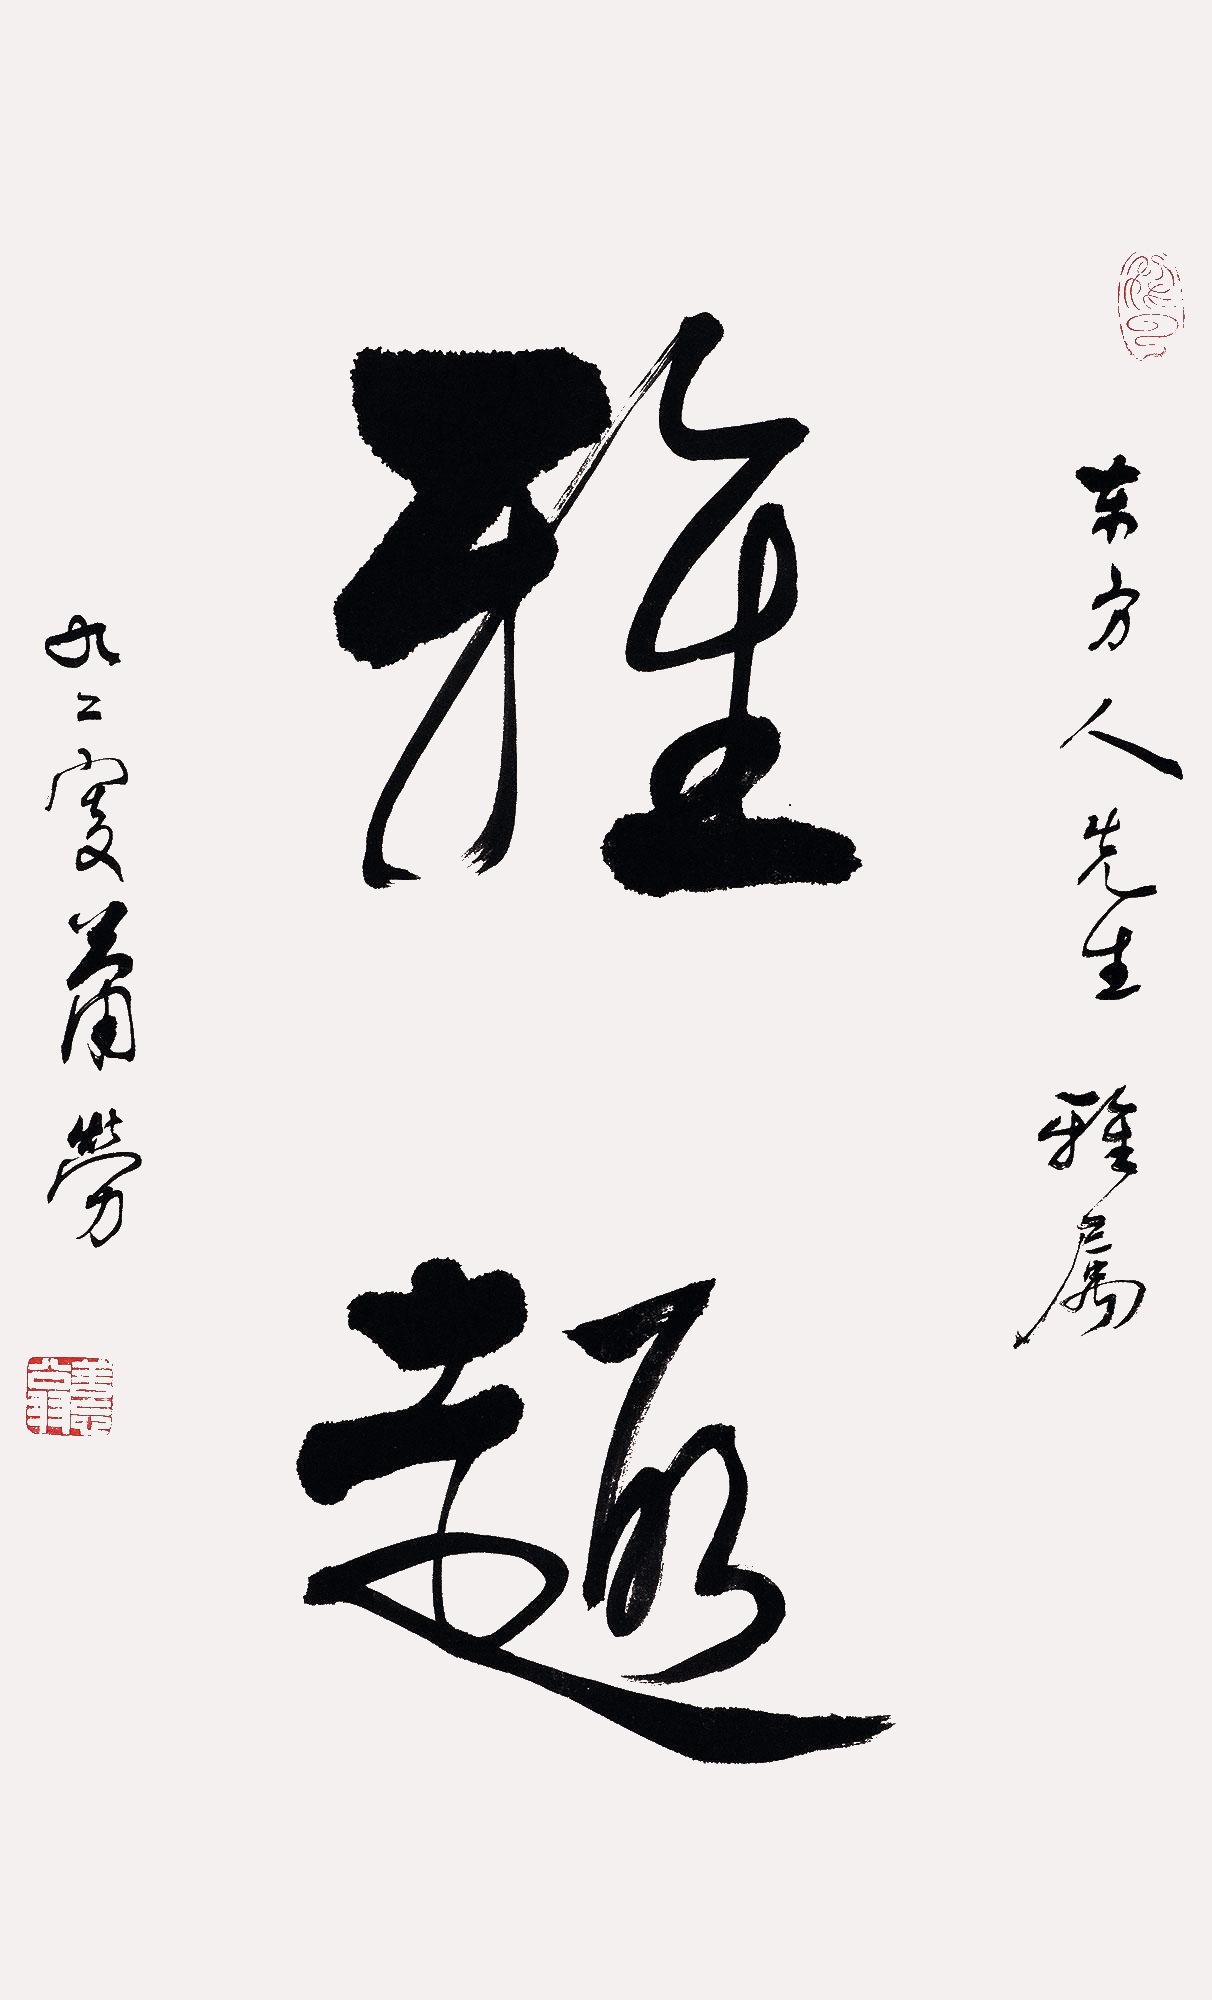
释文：雅趣东方人先生雅属，九二叟萧劳